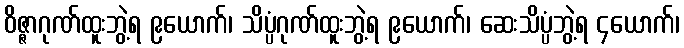
ဝိဇ္ဇာဂုဏ်ထူးဘွဲ့ရ ၉ယောက်၊ သိပ္ပံဂုဏ်ထူးဘွဲ့ရ ၉ယောက်၊ ဆေးသိပ္ပံဘွဲ့ရ ၄ယောက်၊